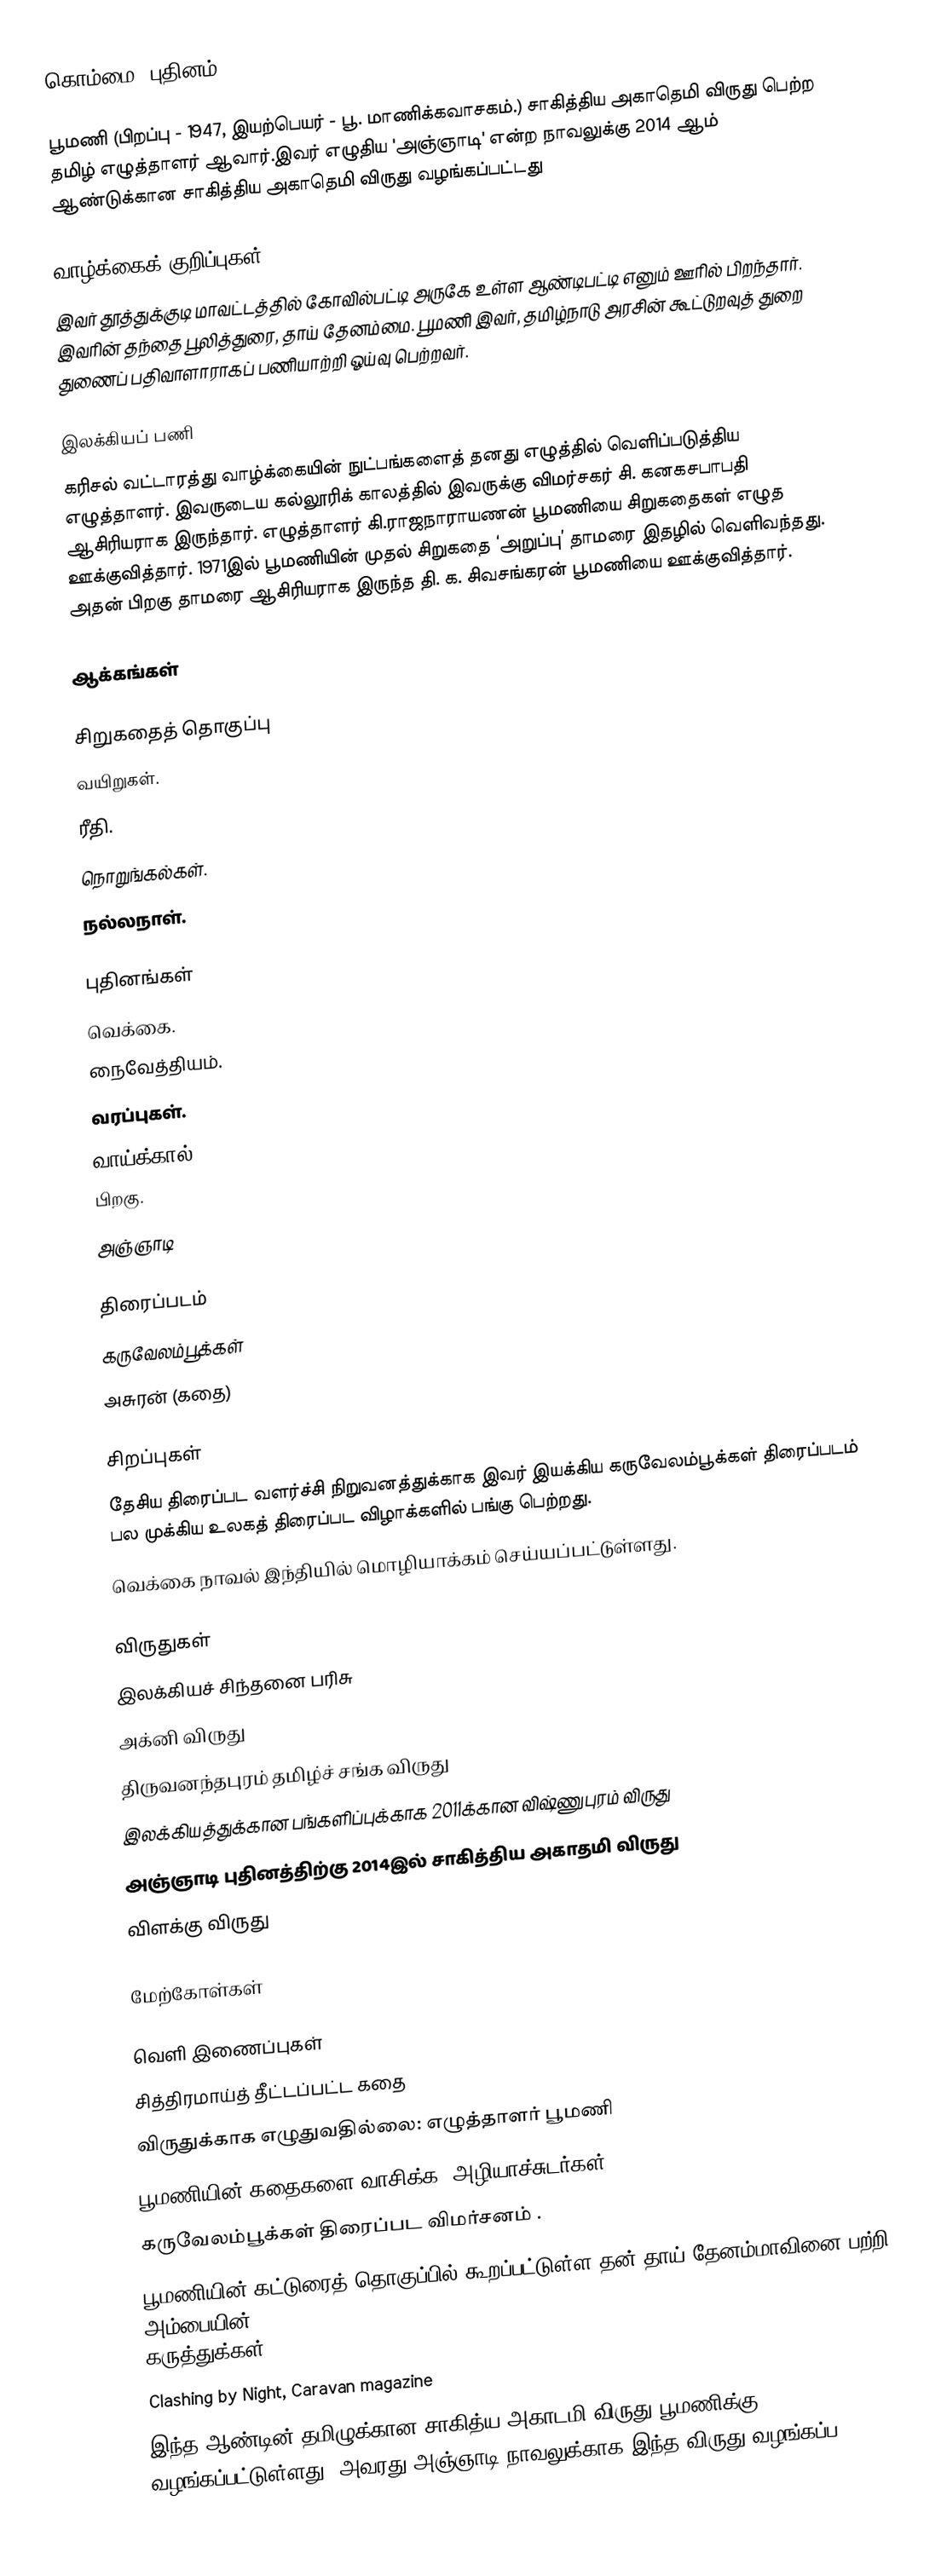
கொம்மை (புதினம்)

பூமணி (பிறப்பு - 1947, இயற்பெயர் - பூ. மாணிக்கவாசகம்.) சாகித்திய அகாதெமி விருது பெற்ற தமிழ் எழுத்தாளர் ஆவார்.இவர் எழுதிய 'அஞ்ஞாடி'  என்ற நாவலுக்கு 2014 ஆம் ஆண்டுக்கான சாகித்திய அகாதெமி விருது வழங்கப்பட்டது

வாழ்க்கைக் குறிப்புகள்
இவர் தூத்துக்குடி மாவட்டத்தில் கோவில்பட்டி அருகே உள்ள ஆண்டிபட்டி எனும் ஊரில் பிறந்தார். இவரின் தந்தை பூலித்துரை, தாய் தேனம்மை. பூமணி இவர், தமிழ்நாடு அரசின் கூட்டுறவுத் துறை துணைப் பதிவாளாராகப் பணியாற்றி ஓய்வு பெற்றவர்.

இலக்கியப் பணி
கரிசல் வட்டாரத்து வாழ்க்கையின் நுட்பங்களைத் தனது எழுத்தில் வெளிப்படுத்திய எழுத்தாளர். இவருடைய கல்லூரிக் காலத்தில் இவருக்கு விமர்சகர் சி. கனகசபாபதி ஆசிரியராக இருந்தார். எழுத்தாளர் கி.ராஜநாராயணன் பூமணியை சிறுகதைகள் எழுத ஊக்குவித்தார். 1971இல் பூமணியின் முதல் சிறுகதை ‘அறுப்பு’ தாமரை இதழில் வெளிவந்தது. அதன் பிறகு தாமரை ஆசிரியராக இருந்த தி. க. சிவசங்கரன் பூமணியை ஊக்குவித்தார்.

ஆக்கங்கள்

சிறுகதைத் தொகுப்பு
 வயிறுகள்.
 ரீதி.
 நொறுங்கல்கள்.
 நல்லநாள்.

புதினங்கள்
 வெக்கை.
 நைவேத்தியம்.
 வரப்புகள்.
 வாய்க்கால்.
 பிறகு.
 அஞ்ஞாடி

திரைப்படம்
 கருவேலம்பூக்கள்
அசுரன் (கதை)

சிறப்புகள்
 தேசிய திரைப்பட வளர்ச்சி நிறுவனத்துக்காக இவர் இயக்கிய கருவேலம்பூக்கள் திரைப்படம் பல முக்கிய உலகத் திரைப்பட விழாக்களில் பங்கு பெற்றது.
 வெக்கை நாவல் இந்தியில் மொழியாக்கம் செய்யப்பட்டுள்ளது.

விருதுகள்
 இலக்கியச் சிந்தனை பரிசு
 அக்னி விருது
 திருவனந்தபுரம் தமிழ்ச் சங்க விருது
 இலக்கியத்துக்கான பங்களிப்புக்காக 2011க்கான விஷ்ணுபுரம் விருது
 அஞ்ஞாடி புதினத்திற்கு 2014இல் சாகித்திய அகாதமி விருது
 விளக்கு விருது

மேற்கோள்கள்

வெளி இணைப்புகள்
 சித்திரமாய்த் தீட்டப்பட்ட கதை
  விருதுக்காக எழுதுவதில்லை: எழுத்தாளர் பூமணி
 பூமணியின் கதைகளை வாசிக்க: அழியாச்சுடர்கள்
கருவேலம்பூக்கள் திரைப்பட விமர்சனம் .
பூமணியின் கட்டுரைத் தொகுப்பில் கூறப்பட்டுள்ள தன் தாய் தேனம்மாவினை பற்றி அம்பையின் http://www.hinduonnet.com/thehindu/lr/2003/01/05/stories/2003010500280400.htm  கருத்துக்கள்.
Clashing by Night, Caravan magazine
இந்த ஆண்டின் தமிழுக்கான சாகித்ய அகாடமி விருது பூமணிக்கு வழங்கப்பட்டுள்ளது. அவரது அஞ்ஞாடி நாவலுக்காக இந்த விருது வழங்கப்ப